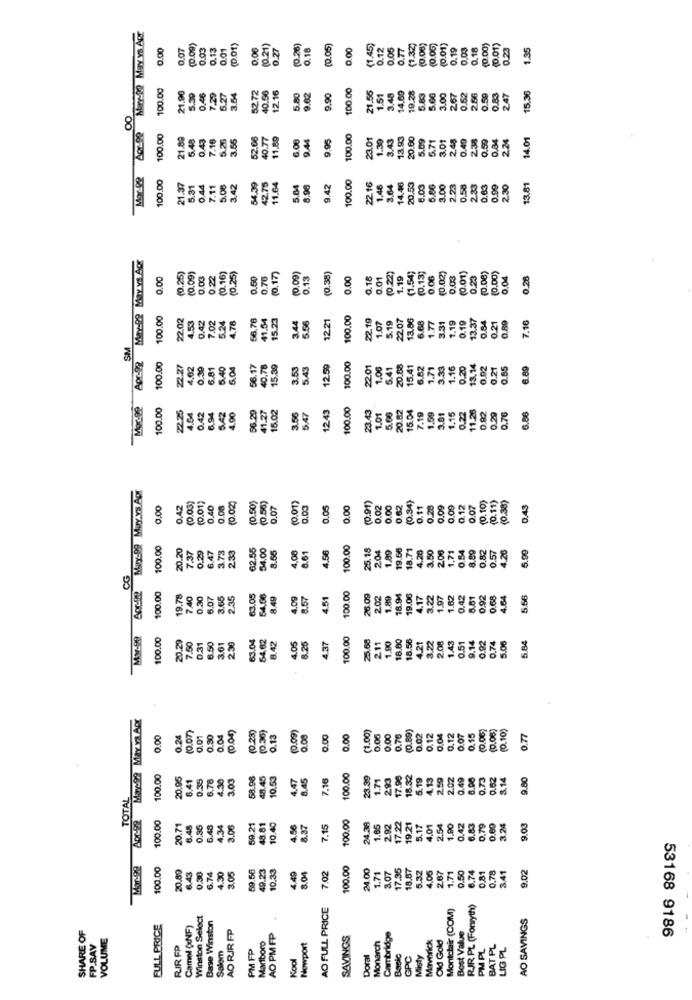
May-22 Mary Ys.Apr
0.00
0.07
0.03
0.13
0.01
(0.01)
0.06
(0.21)
0.27
(0.26)
9.18
(0.05)
0.00
(1.45)
0.12
0.05
0.77
(1.32)
(0.08)
(0.05
(0.01)
0.19
0.03
0.18
(0.00)
(0.01)
0.23
1.35
8
100.00
52.72
40.56
12.16
100.00
21.55
19.28
15.36
0.46
5.27
5.80
9.02
9.90
1.51
3.48
14.00
5.83
5.66
3.00
2.67
0.52
256
247
8
100.00
21.89
5.48
7.16
5.25
3.56
6.08
9.44
9.95
100.00
23.01
1.39
3.43
13.93
20.60
5.09
6.71
0.49
0.59
224
14.01
2.41
Mor-92
100,00
100.00
20.53
21.37
5.31
0,44
7.11
5.06
3,42
54,39
42.75
11.64
5.64
8.96
3.42
22.16
1.46
3.64
14.46
6.03
5.86
3.00
2.23
0.58
2.33
0.63
0.99
2.30
13.81
MY-De May vs. Apr
(0.13)
0.06
(0.02)
(0.01)
(0.08)
(0.00)
0.00
0.05
0.22
(0.16)
(0.25)
0.70
(0,17)
0.00)
0.13
(0.38)
5.00
0.18
0.01
(0.22)
1.19
(1.54)
0.03
0.25
0.04
0.25
88
100.00
22.02
4.53
66.78
41.54
15.23
3.44
12.21
100.00
1.07
22.07
6.68
1.77
1.19
0.19
7.16
0.42
7.02
5.24
4.76
5.19
3.31
13.37
0.84
0.21
0.89
SM
802-92
100.00
22.27
4.02
0.30
6.81
5.40
6.04
15.39
3.53
5.43
12.59
100.00
1.00
5.41
20.88
15.41
6.82
1.71
3.33
1.16
0.20
13.14
0.02
0.21
0.65
6.89
5
Moc-PP
100.00
22.25
6.94
5.42
4.00
56.29
41.27
15.02
100.00
23.43
20.82
15.04
1.59
1.15
0.22
11.28
0.92
0.29
4.54
0.42
3.56
5.47
12.43
1.01
5.66
7.19
3.61
0.76
6.86
Mary-99 Muy Ys. Apr
(0.34)
(0.11)
(0.38)
3.00
0.42
(0.03)
(0.01)
0,40
0.08
(0.020
(0.50)
(0.56)
0.07
(0.01)
0.03
0.05
0.00
(0.91)
0.02
0.00
0.62
0.11
0.28
0.09
0.09
0.12
0.07
(0.10)
0.43
100.00
7.37
0.29
6.47
2.33
62.55
8.55
100.00
25.18
2.04
1.89
19.68
18.71
4.26
3.50
200
1,71
0.54
8.89
0.82
0.57
4.26
5.99
3.73
3.61
4.56
CG
100.00
0.30
6.07
3.65
63.05
54.08
8.49
4.09
157
4.51
202
1.89
18.94
19.06
4.17
3.22
1.97
1.62
8.81
0.92
0.00
4.64
5.56
88
8
8
Myr-92
100.00
20.29
7.50
63.04
54,62
8.42
100.00
25.68
2.11
18.00
18.56
4.21
3.22
2.08
1.43
9.14
0.92
0.74
5.64
0.31
6.50
3.61
2.30
.25
4.37
1.90
0.51
5.06
May-Sa May va Aor
(0.07)
(0.04)
(0.23)
(0.09)
(1.00)
(0.89)
0.15
(0.06
(0.08)
(0.10)
0.00
0.24
0.01
0.30
0.04
(0.36)
0.13
0.08
0.00
0.00
0.06
0,00
0.76
0.02
0.12
0.04
0.12
0.07
0.77
100.00
20.95
6.41
0.35
6.78
4.30
3.03
58.98
48.45
10.53
4,47
8.45
7.16
100.00
23.39
1.71
293
17.98
18.32
5.19
4.13
2.59
2.02
0.49
6.90
0.73
0.62
8.14
9.50
TOTAL
100.00
100.00
20.71
6.48
0.35
6.48
4.34
3.06
59.21
48.81
10.40
1.56
8.87
7.15
1.65
2.92
17.22
19.21
5.17
4,01
2.54
1.90
0.42
6.83
0.79
0.69
3.24
9.03
Mor-92
100.00
20.59
59.56
49.23
10.33
100.00
34.00
3.07
17.35
18.87
5.32
4,05
6.74
0.78
3.41
9.02
8.43
0.30
6.74
4.30
3.05
4.49
3.04
7.02
1.71
267
1.71
0.50
0.81
AO FULL PRICE
Montclair (COM)
RIR PL (Forryth)
Winston Select
AO SAVINGS
FULL PRICE
Camel (NF)
Base Winston
AO RIR FP
Best Value
SHARE OF
VOLUME
Marlboro
AO PM FP
SAVINGS
Monarch
Cambridge
Maverick
Old Gold
53168 9186
FP.S.AV
RIR FP
PM FP
Nowport
PM PL
BAT PL
LIG PL
Salom
Kool
Doral
Basic
GPC
Misty